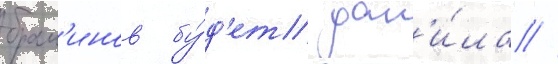
брам'инов бу́д'ет дан'и́ла //